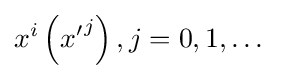
x^{i}\left({x'}^{j}\right),j=0,1,\dots